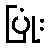
ပြုံး